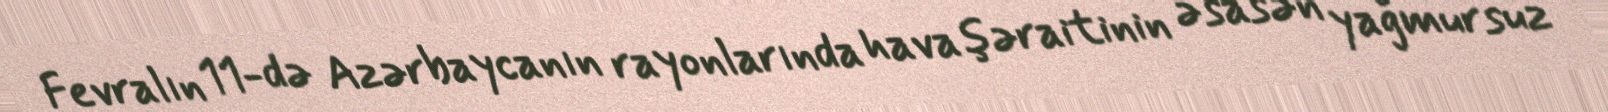
Fevralın 11-də Azərbaycanın rayonlarında hava şəraitinin əsasən yağmursuz